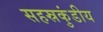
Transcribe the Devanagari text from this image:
सहस्रकुंडीय